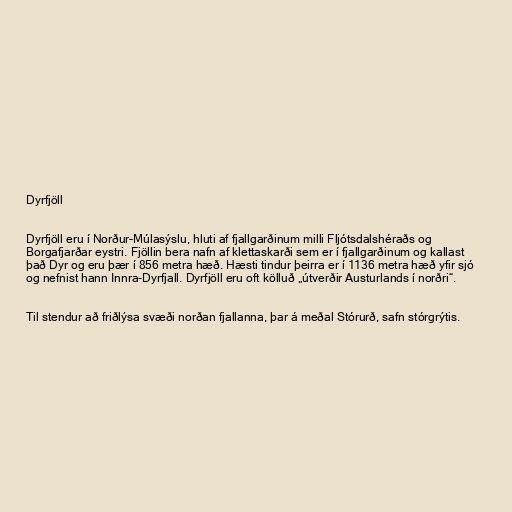
Dyrfjöll

Dyrfjöll eru í Norður-Múlasýslu, hluti af fjallgarðinum milli Fljótsdalshéraðs og
Borgafjarðar eystri. Fjöllin bera nafn af klettaskarði sem er í fjallgarðinum og kallast
það Dyr og eru þær í 856 metra hæð. Hæsti tindur þeirra er í 1136 metra hæð yfir sjó
og nefnist hann Innra-Dyrfjall. Dyrfjöll eru oft kölluð „útverðir Austurlands í norðri“.

Til stendur að friðlýsa svæði norðan fjallanna, þar á meðal Stórurð, safn stórgrýtis.